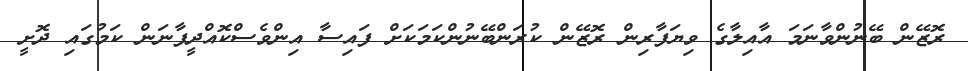
ރޮޒޭން ބޭނުންވާނަމަ އާއިލާގެ ވިޔަފާރިން ރޮޒޭން ކުރަންބޭނުންކަމަކަށް ފައިސާ އިންވެސްކޮއްދީފާނަން ކަމުގައި ދޮށީ